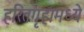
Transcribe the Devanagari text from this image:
हरितगृहामध्ये